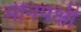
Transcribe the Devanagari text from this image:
मीनपक्षी